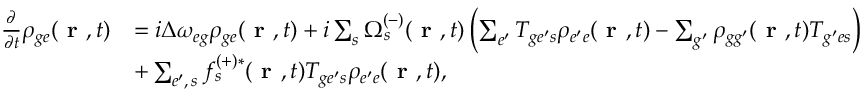
\begin{array} { r l } { \frac { \partial } { \partial t } \rho _ { { g e } } ( \textbf { r } , t ) } & { = i \Delta \omega _ { { e g } } \rho _ { { g e } } ( \textbf { r } , t ) + i \sum _ { s } \Omega _ { s } ^ { ( - ) } ( \textbf { r } , t ) \left( \sum _ { e ^ { \prime } } T _ { { g e ^ { \prime } } s } \rho _ { { e ^ { \prime } e } } ( \textbf { r } , t ) - \sum _ { g ^ { \prime } } \rho _ { { g g ^ { \prime } } } ( \textbf { r } , t ) T _ { { g ^ { \prime } e } s } \right) } \\ & { + \sum _ { e ^ { \prime } , \, s } f _ { s } ^ { ( + ) * } ( \textbf { r } , t ) T _ { { g e ^ { \prime } } s } \rho _ { { e ^ { \prime } e } } ( \textbf { r } , t ) , } \end{array}